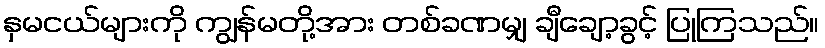
နှမငယ်များကို ကျွန်မတို့အား တစ်ခဏမျှ ချီချော့ခွင့် ပြုကြသည်။